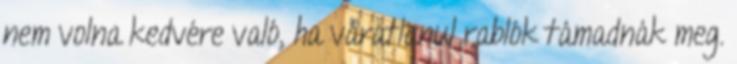
nem volna kedvére való, ha váratlanul rablók támadnák meg.